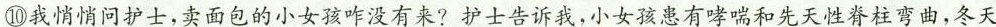
⑩我悄悄问护士，卖面包的小女孩咋没有来?护士告诉我，小女孩患有哮喘和先天性脊柱弯曲，冬天